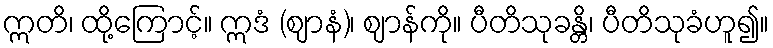
ဣတိ၊ ထို့ကြောင့်။ ဣဒံ (ဈာနံ)၊ ဈာန်ကို။ ပီတိသုခန္တိ၊ ပီတိသုခံဟူ၍။